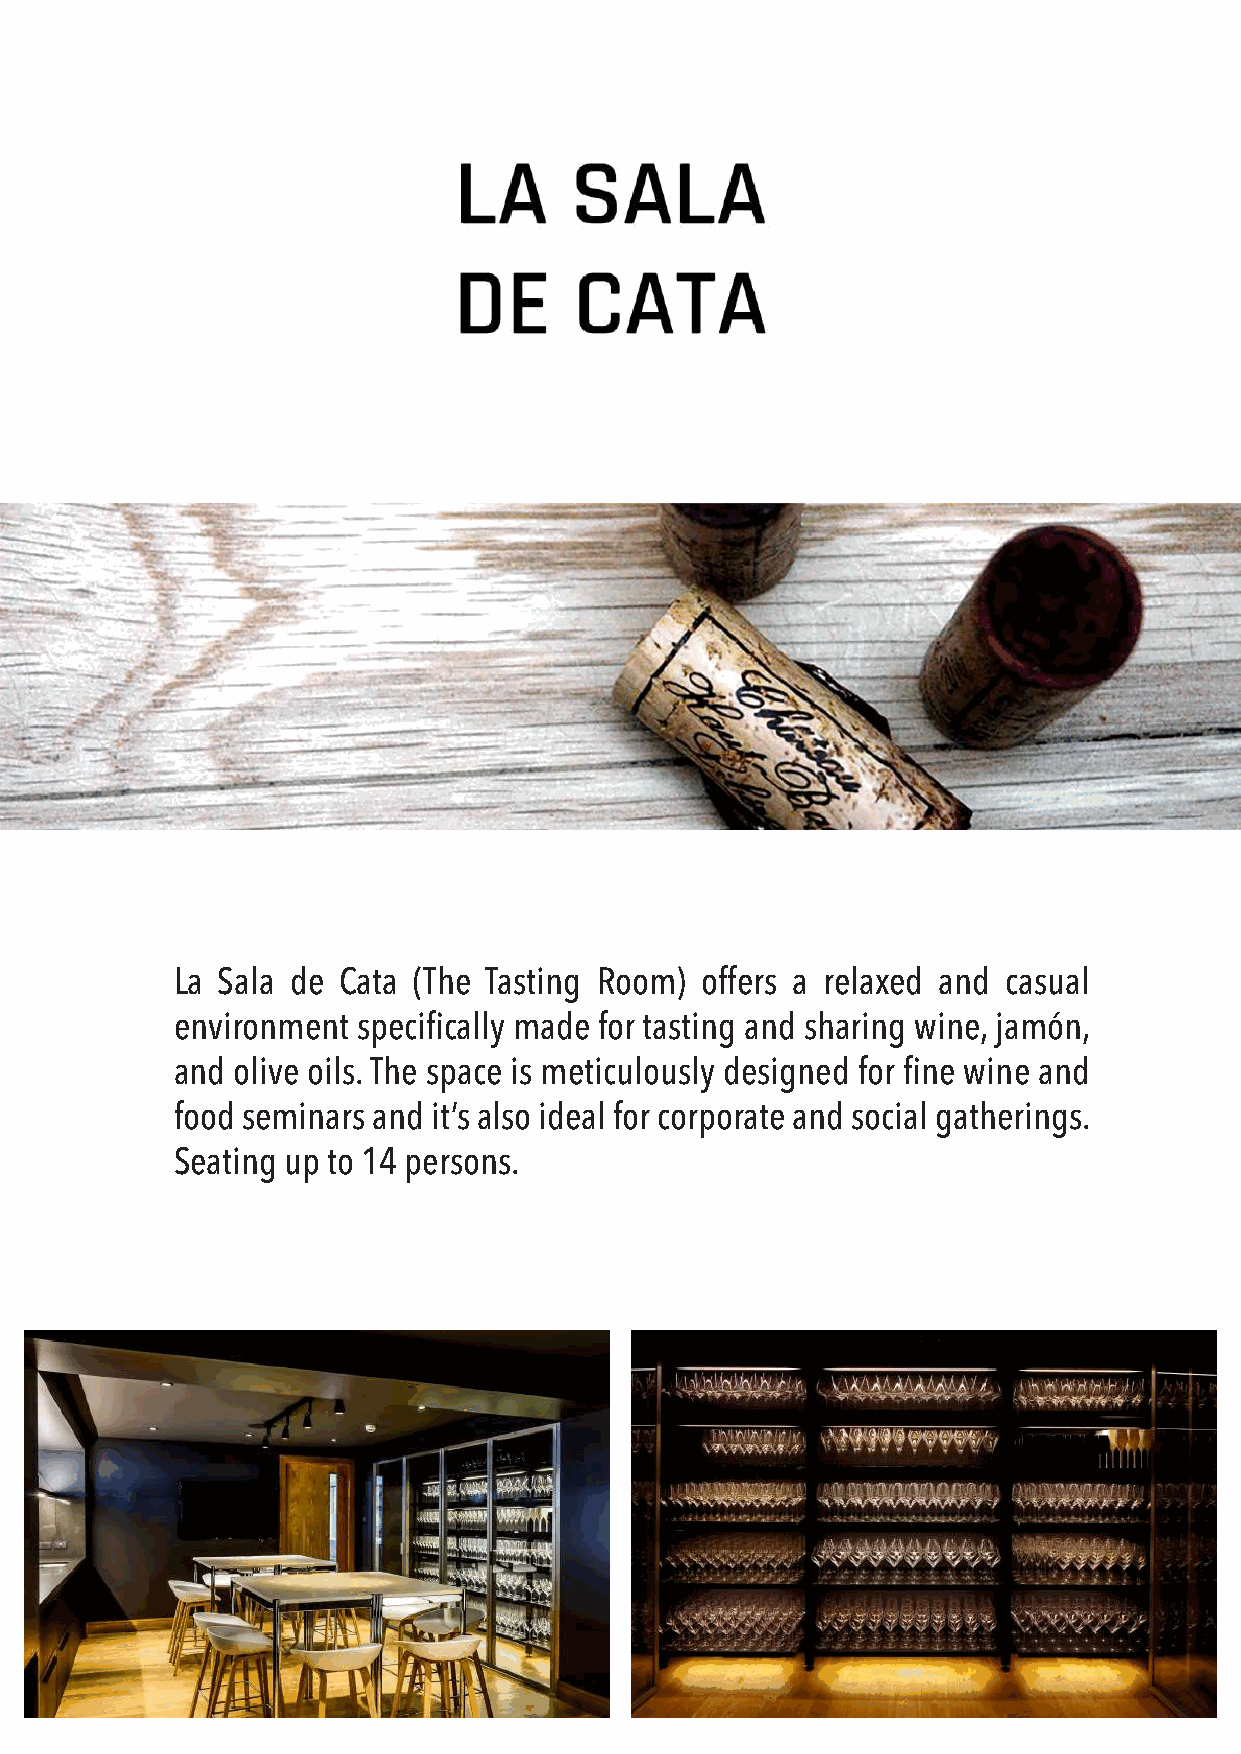
La Sala de Cata (The Tasting Room) offers a relaxed and casual
 environment  specifically made for tasting and sharing wine, jamón,
 and olive oils. The space is meticulously designed for fine wine and
 food seminars and it’s also ideal for corporate and social gatherings.
 Seating up to 14 persons.